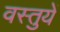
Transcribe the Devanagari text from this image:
वस्‍तुयें